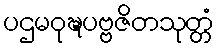
ပဌမဝုဍ္ဎပဗ္ဗဇိတသုတ္တံ